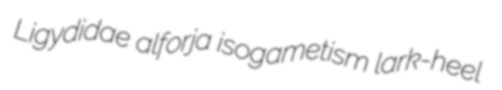
Ligydidae alforja isogametism lark-heel